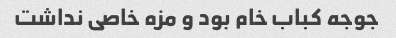
جوجه کباب خام بود و مزه خاصی نداشت